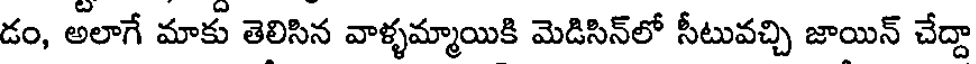
డం, అలాగే మాకు తెలిసిన వాళ్ళమ్మాయికి మెడిసిన్లో సీటువచ్చి జాయిన్ చేద్దా